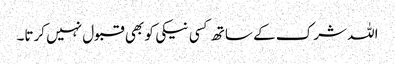
اللہ شرک کے ساتھ کسی نیکی کو بھی قبول نہیں کرتا۔